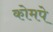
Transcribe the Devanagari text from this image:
कोमपे